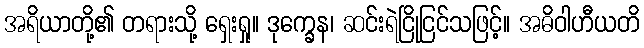
အရိယာတို့၏ တရားသို့ ရှေးရှု။ ဒုက္ခေန၊ ဆင်းရဲငြိုငြင်သဖြင့်။ အဓိဝါဟီယတိ